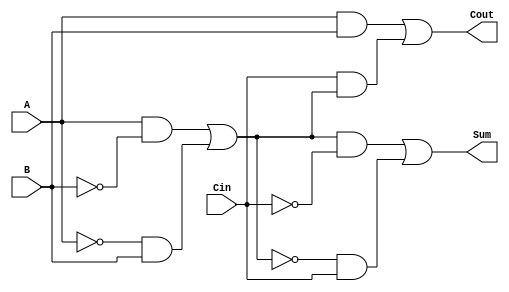
module TransmissionGateFullAdder (
    input A,     // First input bit
    input B,     // Second input bit
    input Cin,   // Carry-in bit
    output Sum,  // Resulting Sum
    output Cout  // Carry-out bit
);

// Internal signals for intermediate results
wire AxorB;        // Intermediate XOR result of A and B
wire AxorBCin;     // Intermediate XOR result of (A XOR B) and Cin
wire AB;           // Intermediate AND result of A and B
wire CinAxorB;     // Intermediate AND result of Cin and (A XOR B)

// Transmission Gate for A XOR B
assign AxorB = (A & ~B) | (~A & B);

// Transmission Gate for (A XOR B) XOR Cin
assign AxorBCin = (AxorB & ~Cin) | (~AxorB & Cin);

// XOR result is the Sum
assign Sum = AxorBCin;

// Transmission Gate for A AND B
assign AB = A & B;

// Transmission Gate for Cin AND (A XOR B)
assign CinAxorB = Cin & AxorB;

// Carry-out implementation
assign Cout = AB | CinAxorB;

endmodule